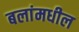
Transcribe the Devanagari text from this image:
बलांमधील